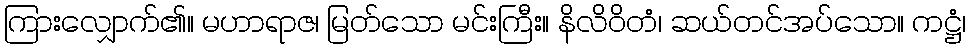
ကြားလျှောက်၏။ မဟာရာဇ၊ မြတ်သော မင်းကြီး။ နိလိဝိတံ၊ ဆယ်တင်အပ်သော။ ကဋ္ဌံ၊